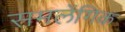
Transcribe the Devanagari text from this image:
समलेंगिक